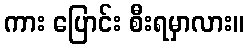
ကား ပြောင်း စီးရမှာလား။